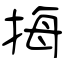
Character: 挴